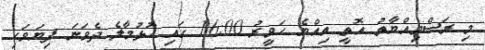
މި ރަސްމިއްޔާތު އޮތީ އިއްޔެ ހަވީރު 16:00 ގައި ހުޅުމާލެ ދެވަނަ ފިޔަވަހި